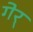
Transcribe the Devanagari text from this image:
गेर्